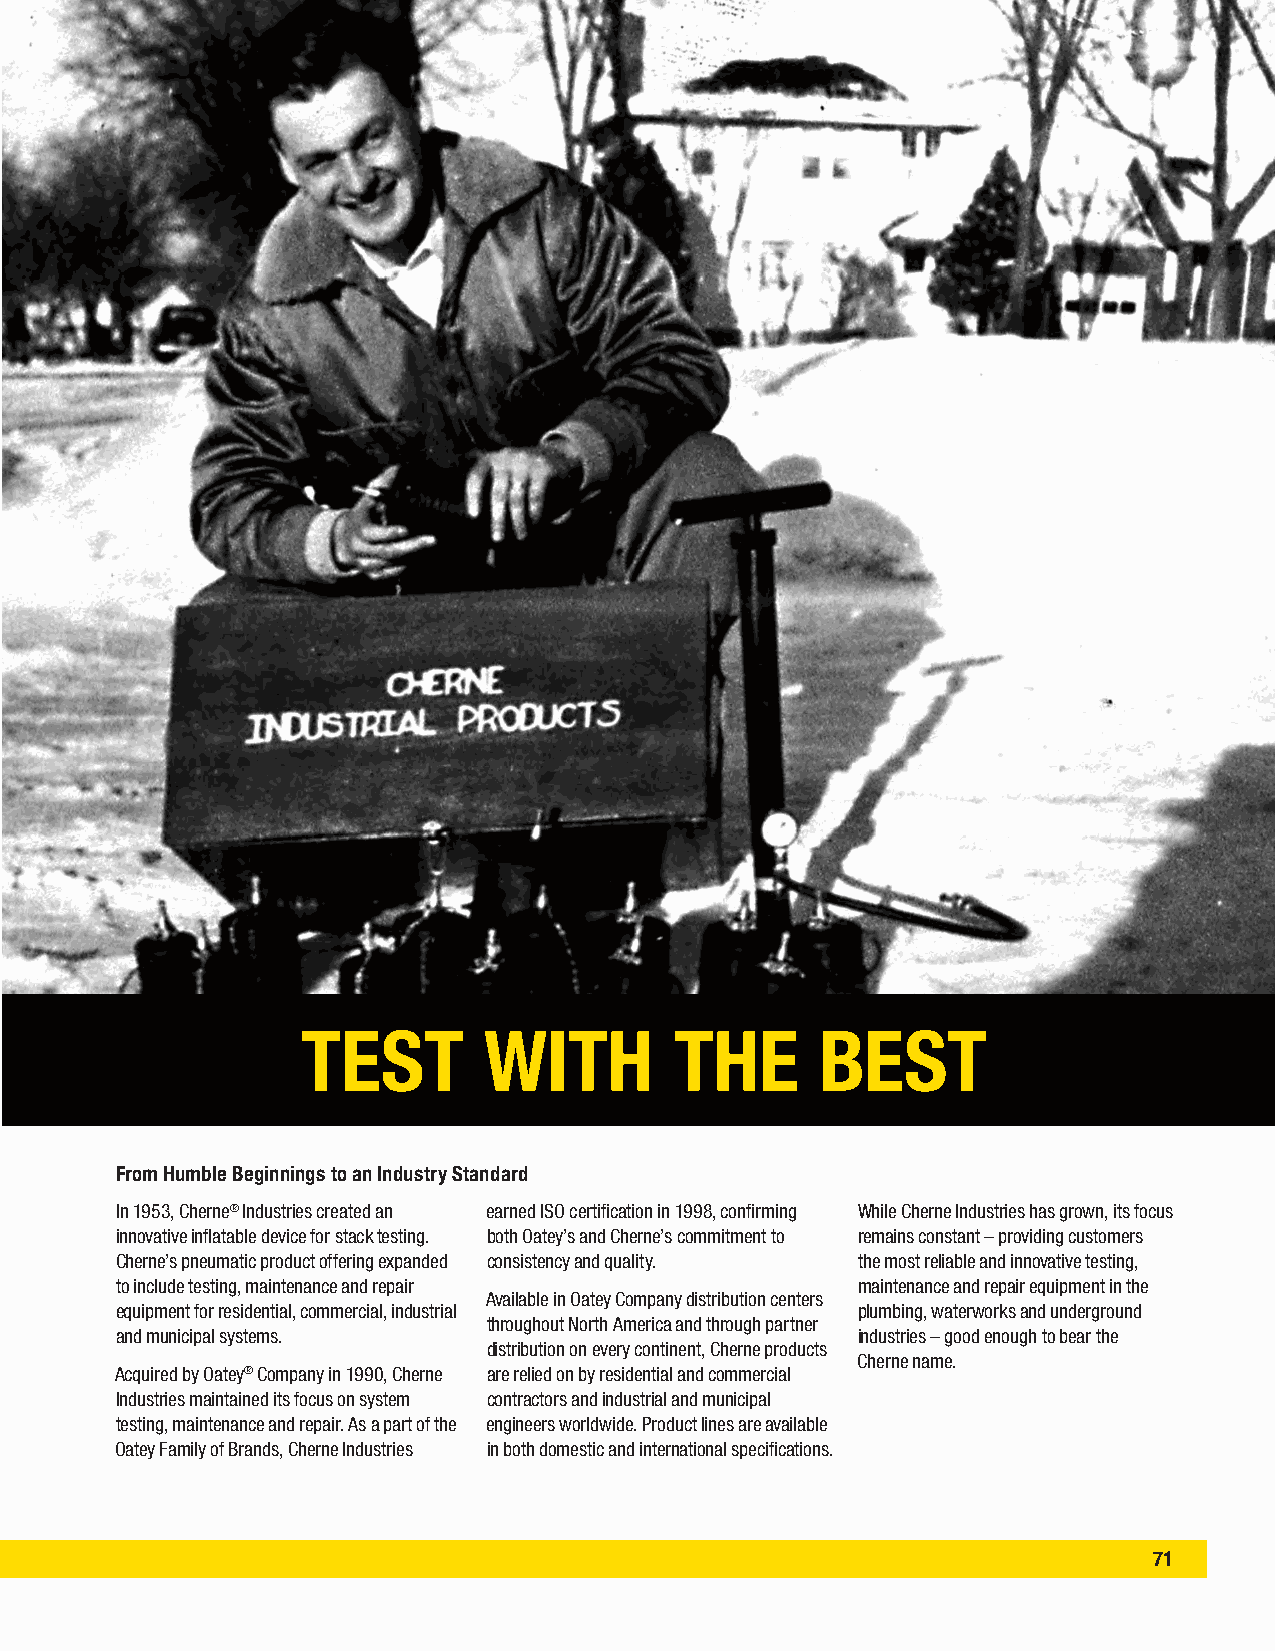
TEST        WITH         THE      BEST
 From Humble Beginnings to an Industry Standard
 In 1953, Cherne® Industries created an earned ISO certification in 1998, confirming While Cherne Industries has grown, its focus
 innovative inflatable device for stack testing. both Oatey’s and Cherne’s commitment to remains constant – providing customers
 Cherne’s pneumatic product offering expanded consistency and quality. the most reliable and innovative testing,
 to include testing, maintenance and repair       maintenance and repair equipment in the
 Available in Oatey Company distribution centers
 equipment for residential, commercial, industrial plumbing, waterworks and underground
 throughout North America and through partner
 and municipal systems.                           industries – good enough to bear the
 distribution on every continent, Cherne products
 Cherne name.
 Acquired by Oatey® Company in 1990, Cherne are relied on by residential and commercial
 Industries maintained its focus on system contractors and industrial and municipal
 testing, maintenance and repair. As a part of the engineers worldwide. Product lines are available
 Oatey Family of Brands, Cherne Industries in both domestic and international specifications.
 71